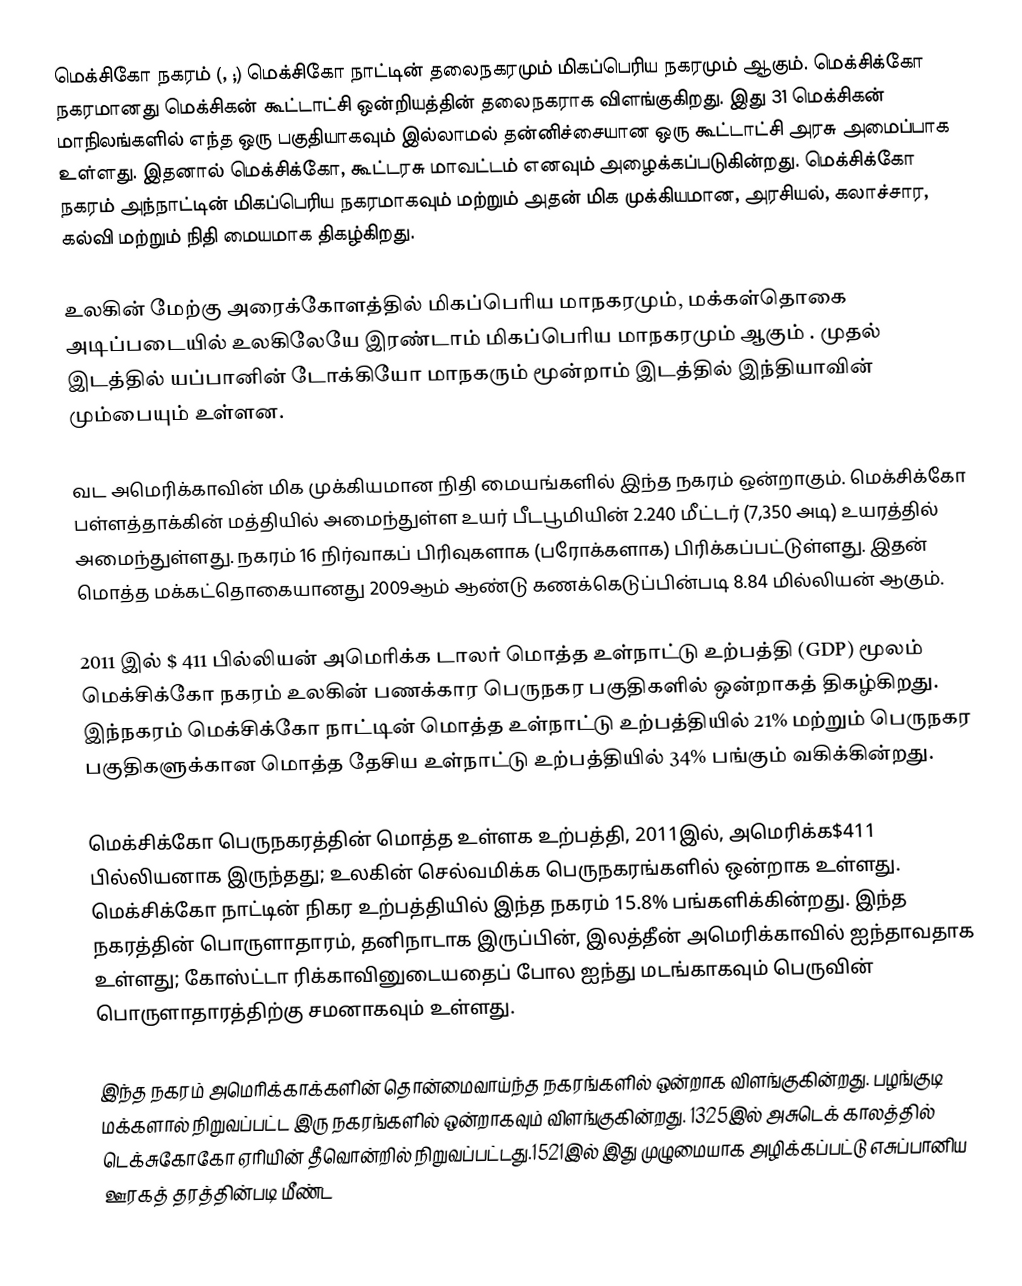
மெக்சிகோ நகரம் (, ;) மெக்சிகோ நாட்டின் தலைநகரமும் மிகப்பெரிய நகரமும் ஆகும். மெக்சிக்கோ நகரமானது மெக்சிகன் கூட்டாட்சி ஒன்றியத்தின் தலைநகராக விளங்குகிறது. இது 31 மெக்சிகன் மாநிலங்களில் எந்த ஒரு பகுதியாகவும் இல்லாமல் தன்னிச்சையான ஒரு கூட்டாட்சி அரசு அமைப்பாக உள்ளது. இதனால் மெக்சிக்கோ, கூட்டரசு மாவட்டம் எனவும் அழைக்கப்படுகின்றது.  மெக்சிக்கோ நகரம் அந்நாட்டின் மிகப்பெரிய நகரமாகவும் மற்றும் அதன் மிக முக்கியமான, அரசியல், கலாச்சார, கல்வி மற்றும் நிதி மையமாக திகழ்கிறது.

உலகின் மேற்கு அரைக்கோளத்தில் மிகப்பெரிய மாநகரமும், மக்கள்தொகை அடிப்படையில் உலகிலேயே இரண்டாம் மிகப்பெரிய மாநகரமும் ஆகும் . முதல் இடத்தில் யப்பானின் டோக்கியோ மாநகரும் மூன்றாம் இடத்தில் இந்தியாவின் மும்பையும் உள்ளன.

வட அமெரிக்காவின் மிக முக்கியமான நிதி மையங்களில் இந்த நகரம் ஒன்றாகும். மெக்சிக்கோ பள்ளத்தாக்கின் மத்தியில் அமைந்துள்ள உயர் பீடபூமியின் 2.240 மீட்டர் (7,350 அடி) உயரத்தில் அமைந்துள்ளது. நகரம் 16 நிர்வாகப் பிரிவுகளாக (பரோக்களாக) பிரிக்கப்பட்டுள்ளது. இதன் மொத்த மக்கட்தொகையானது 2009ஆம் ஆண்டு கணக்கெடுப்பின்படி 8.84 மில்லியன் ஆகும்.

2011 இல் $ 411 பில்லியன் அமெரிக்க டாலர் மொத்த உள்நாட்டு உற்பத்தி (GDP) மூலம் மெக்சிக்கோ நகரம் உலகின் பணக்கார பெருநகர பகுதிகளில் ஒன்றாகத் திகழ்கிறது. இந்நகரம் மெக்சிக்கோ நாட்டின் மொத்த உள்நாட்டு உற்பத்தியில் 21% மற்றும் பெருநகர பகுதிகளுக்கான மொத்த தேசிய உள்நாட்டு உற்பத்தியில் 34% பங்கும் வகிக்கின்றது.

மெக்சிக்கோ பெருநகரத்தின் மொத்த உள்ளக உற்பத்தி, 2011இல்,  அமெரிக்க$411 பில்லியனாக இருந்தது; உலகின் செல்வமிக்க பெருநகரங்களில் ஒன்றாக உள்ளது. மெக்சிக்கோ நாட்டின் நிகர உற்பத்தியில் இந்த நகரம் 15.8% பங்களிக்கின்றது. இந்த நகரத்தின் பொருளாதாரம், தனிநாடாக இருப்பின், இலத்தீன் அமெரிக்காவில் ஐந்தாவதாக உள்ளது; கோஸ்ட்டா ரிக்காவினுடையதைப் போல ஐந்து மடங்காகவும்  பெருவின் பொருளாதாரத்திற்கு சமனாகவும் உள்ளது.

இந்த நகரம் அமெரிக்காக்களின் தொன்மைவாய்ந்த நகரங்களில் ஒன்றாக விளங்குகின்றது. பழங்குடி மக்களால் நிறுவப்பட்ட இரு நகரங்களில் ஒன்றாகவும் விளங்குகின்றது. 1325இல்  அசுடெக் காலத்தில் டெக்சுகோகோ ஏரியின் தீவொன்றில் நிறுவப்பட்டது.1521இல் இது முழுமையாக அழிக்கப்பட்டு எசுப்பானிய ஊரகத் தரத்தின்படி  மீண்ட